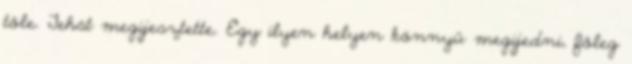
tőle. Tehát megijesztette. Egy ilyen helyen könnyű megijedni, főleg